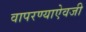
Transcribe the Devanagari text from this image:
वापरण्याऐवजी